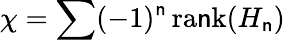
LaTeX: \chi=\sum(-1)^{\mathsf{n}}\, \mathrm{{ra\mathsf{n}k}}(H_{\mathsf{n}})